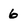
Character: 6